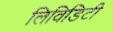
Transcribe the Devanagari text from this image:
लिविडिटी